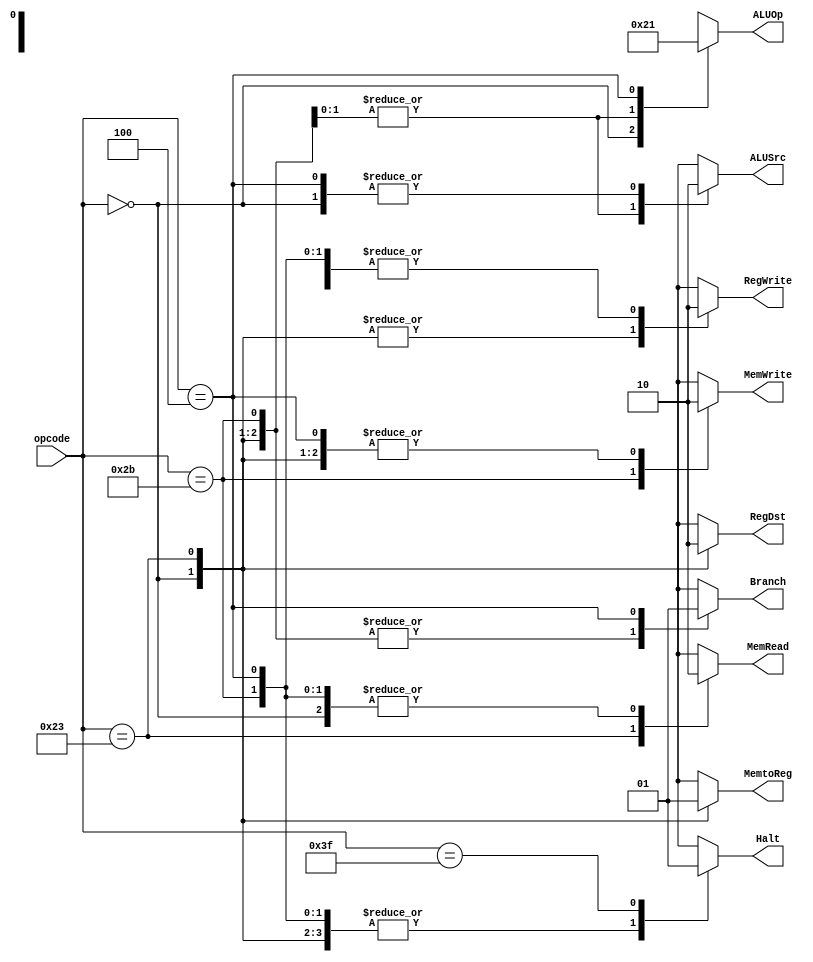
//-----------------------------------------------------------------------------
// Title         : MIPS Single-Cycle Control Unit
// Project       : ECE 313 - Computer Organization
//-----------------------------------------------------------------------------
// Organization  : Lafayette College
//-----------------------------------------------------------------------------

module control_single(opcode, RegDst, ALUSrc, MemtoReg, RegWrite, MemRead, MemWrite, Branch, ALUOp, Halt);
    input [5:0] opcode;
    output RegDst, ALUSrc, MemtoReg, RegWrite, MemRead, MemWrite, Branch;
    output [1:0] ALUOp;
	 output Halt;
    reg    RegDst, ALUSrc, MemtoReg, RegWrite, MemRead, MemWrite, Branch;
    reg    [1:0] ALUOp;
	 reg	  Halt;

    parameter R_FORMAT = 6'd0;
    parameter LW = 6'd35;
    parameter SW = 6'd43;
    parameter BEQ = 6'd4;
    parameter HALT = 6'd63;
	 
    always @(opcode)
    begin
        case (opcode)
          R_FORMAT : 
          begin
              RegDst=1'b1; ALUSrc=1'b0; MemtoReg=1'b0; RegWrite=1'b1; MemRead=1'b0; 
              MemWrite=1'b0; Branch=1'b0; ALUOp = 2'b10; Halt = 1'b0;
          end
          LW :
          begin
              RegDst=1'b0; ALUSrc=1'b1; MemtoReg=1'b1; RegWrite=1'b1; MemRead=1'b1; 
              MemWrite=1'b0; Branch=1'b0; ALUOp = 2'b00; Halt = 1'b0;
          end
          SW :
          begin
              RegDst=1'bx; ALUSrc=1'b1; MemtoReg=1'bx; RegWrite=1'b0; MemRead=1'b0; 
              MemWrite=1'b1; Branch=1'b0; ALUOp = 2'b00; Halt = 1'b0;
          end
          BEQ :
          begin
              RegDst=1'bx; ALUSrc=1'b0; MemtoReg=1'bx; RegWrite=1'b0; MemRead=1'b0; 
              MemWrite=1'b0; Branch=1'b1; ALUOp = 2'b01; Halt = 1'b0;
          end
          HALT :
          begin
              RegDst=1'bx; ALUSrc=1'bx; MemtoReg=1'bx; RegWrite=1'b0; MemRead=1'bx; 
              MemWrite=1'b0; Branch=1'bx; ALUOp = 2'bxx; Halt = 1'b1;
          end			 
          default
          begin
              $display("control_single unimplemented opcode %d", opcode);
              RegDst=1'bx; ALUSrc=1'bx; MemtoReg=1'bx; RegWrite=1'bx; MemRead=1'bx; 
              MemWrite=1'bx; Branch=1'bx; ALUOp = 2'bxx; Halt = 1'bx;
          end

        endcase
    end
endmodule